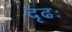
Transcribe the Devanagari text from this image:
दृढः